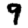
Digit: 9